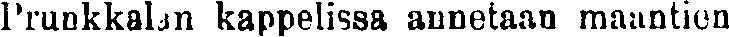
Prunkkalan kappelissa annetaan maantien